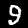
Label: 9